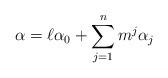
LaTeX: \begin{align*}\alpha = \ell\alpha_0 + \sum_{j=1}^n m^j \alpha_j\end{align*}